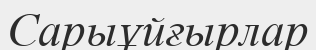
Сарыұйғырлар